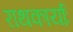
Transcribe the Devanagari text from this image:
राथकार्याः